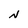
Character: N